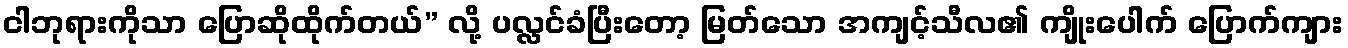
ငါဘုရားကိုသာ ပြောဆိုထိုက်တယ်” လို့ ပလ္လင်ခံပြီးတော့ မြတ်သော အကျင့်သီလ၏ ကျိုးပေါက် ပြောက်ကျား